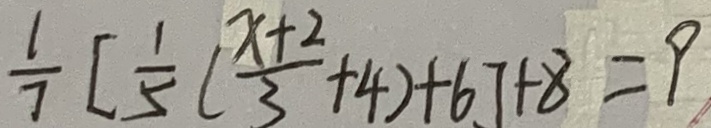
\frac { 1 } { 7 } [ \frac { 1 } { 5 } ( \frac { x + 2 } { 3 } + 4 ) + 6 ] + 8 = 9